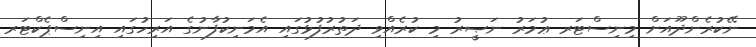
ނޭކުރެންދޫއަށް މިނިސްޓަރ ޢުމަރު ނަޞީރު މި ކުރެއްވި ދަތުރުފުޅުގައި އެމަނިކުފާނުގެ އަރިހުގައި އިނިސްޕެކްޓަރ